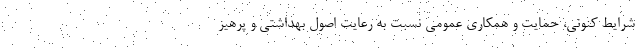
شرایط کنونی، حمایت و همکاری عمومی نسبت به رعایت اصول بهداشتی و پرهیز